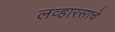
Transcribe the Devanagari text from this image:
लव्हारसाचे